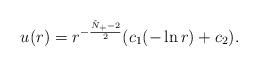
LaTeX: \begin{align*}u(r)= r^{-\frac{\tilde{N}_+-2}{2}}(c_1 ( -\ln r)+c_2). \end{align*}